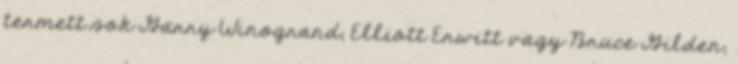
termett sok Garry Winogrand, Elliott Erwitt vagy Bruce Gilden,